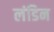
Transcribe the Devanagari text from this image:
लंडिन